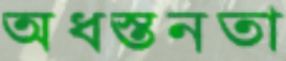
অধস্তনতা